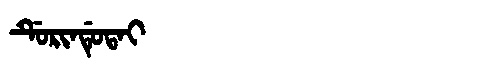
Manchu: ᡩᡠᡵᡳᠨᡩᡠᡨᠠᡳ
Romanization: DURINDUTAI